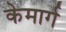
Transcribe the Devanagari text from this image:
केमार्ग